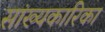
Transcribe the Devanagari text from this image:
सांख्‍यकारिका